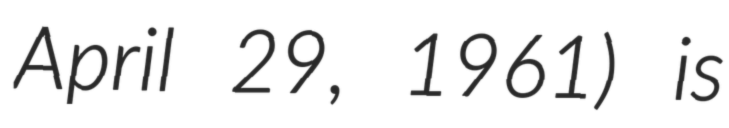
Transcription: April 29, 1961) is